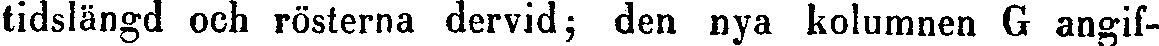
tidslängd och rösterna dervid; den nya kolumnen G angif-